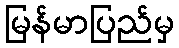
မြန်မာပြည်မှ